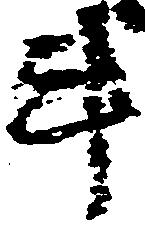
斗